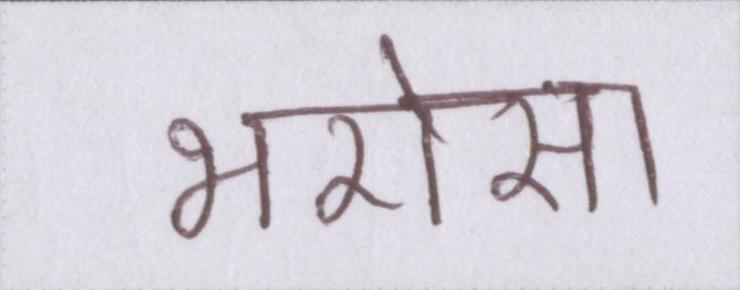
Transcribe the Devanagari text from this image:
भरोसा